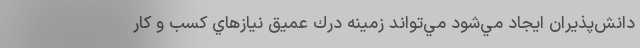
دانش‌پذيران ايجاد مي‌شود مي‌تواند زمينه درك عميق نيازهاي كسب و كار